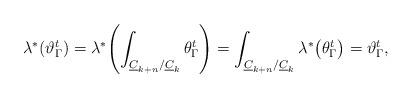
LaTeX: \begin{align*}\lambda^*(\vartheta^t_\Gamma)=\lambda^*\!\left(\int_{\underline C_{k+n}/\underline C_k}\theta^t_\Gamma\right)=\int_{\underline C_{k+n}/\underline C_k}\lambda^*\!\left(\theta^t_\Gamma\right)=\vartheta^t_\Gamma,\end{align*}